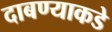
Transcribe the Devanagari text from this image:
दाबण्याकडे